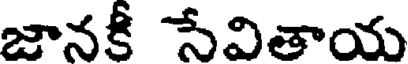
జానకీ సేవితాయ